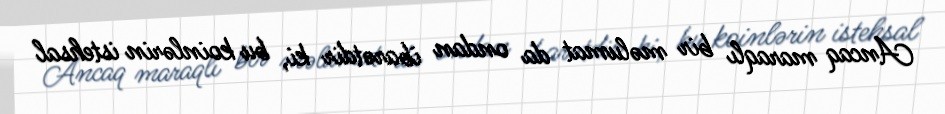
Ancaq maraqlı bir məlumat da ondan ibarətdir ki, bu koinlərin istehsal